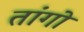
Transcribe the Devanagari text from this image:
तांगो